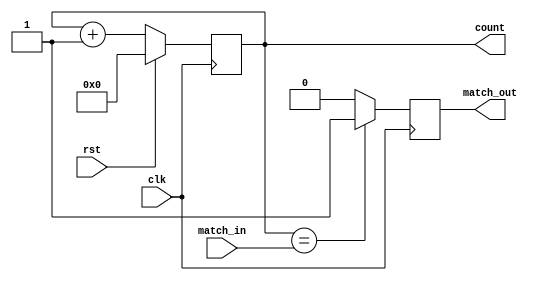
/*
	!!! --- 5 bit counter --- !!!
	
	------------------------------
	! - Interface Overview - !
	Inputs:
		clk (clock)
		rst (reset)
		match_in (matching value, 5 bit)
		
	Outputs:
		match_out (expiring value)
	------------------------------
	
	-----------------
	! - Operation - !
	1. clk high: increase 5-bit value
	2. rst high: resets 5 bit value to 5'b00000
	3. match_in = 5 bit value: match_out high
	-----------------
*/

module fivebitcounter(
	input  wire			clk, rst,
	input  wire  [4:0] match_in,
	output reg	[4:0] count,
	output reg			match_out
	);

// ---- 5 bit counter operations here ---- //
always@(posedge clk)
	begin
		if(rst) count <= 5'b0;
		else	  count <= count + 5'b1;
		
		
		if (count == match_in) match_out <= 1;
		else						  match_out <= 0;
	end
// ---- End of 5 bit counter operations here ---- //

endmodule